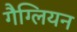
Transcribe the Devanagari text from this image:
गैग्लियन